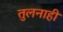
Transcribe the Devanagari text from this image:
तुलनाही